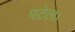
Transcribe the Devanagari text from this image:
पटेल।